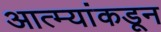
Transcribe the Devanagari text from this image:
आत्म्यांकडून